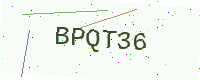
Text: BPQT36